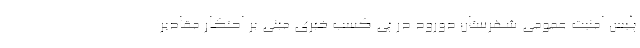
پلیس امنیت عمومی شهرستان دورود در پی کسب خبری مبنی بر احتکار مقادیر